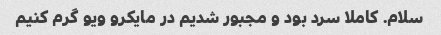
سلام. کاملا سرد بود و مجبور شدیم در مایکرو ویو گرم کنیم